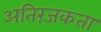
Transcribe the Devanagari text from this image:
अतिरंजकता